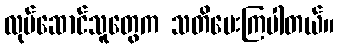
လုပ်ဆောင်သူတွေက သတိပေးကြပါတယ်။